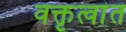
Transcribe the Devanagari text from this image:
वक्तृत्वांत